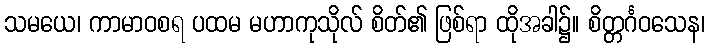
သမယေ၊ ကာမာဝစရ ပထမ မဟာကုသိုလ် စိတ်၏ ဖြစ်ရာ ထိုအခါ၌။ စိတ္တင်္ဂဝသေန၊